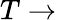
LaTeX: T\rightarrow